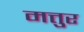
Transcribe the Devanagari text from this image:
मत्तुर